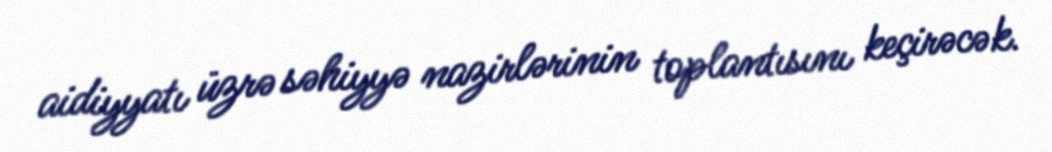
aidiyyatı üzrə səhiyyə nazirlərinin toplantısını keçirəcək.